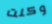
وكنت